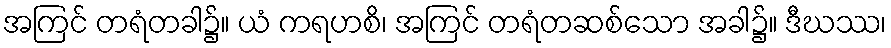
အကြင် တရံတခါ၌။ ယံ ကရဟစိ၊ အကြင် တရံတဆစ်သော အခါ၌။ ဒီဃဿ၊